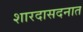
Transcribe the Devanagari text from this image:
शारदासदनात